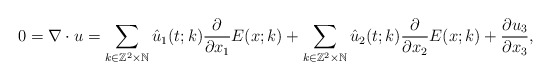
\begin{align*}0=\nabla \cdot u &=\sum_{k\in \mathbb{Z}^2 \times \mathbb{N}}\hat{u}_1(t;k)\frac{\partial}{\partial x_1} E(x;k)+\sum_{k\in \mathbb{Z}^2 \times \mathbb{N}}\hat{u}_2(t;k)\frac{\partial}{\partial x_2} E(x;k)+\frac{\partial u_3}{\partial x_3},\end{align*}